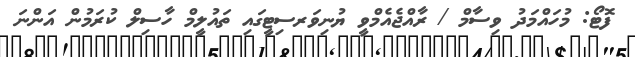
ފޮޓޯ: މުހައްމަދު ވިސާމް / ރާއްޖެއެމްވީ ޔުނިވަރސިޓީގައި ތައުލީމް ހާސިލް ކުރަމުން އަންނަ